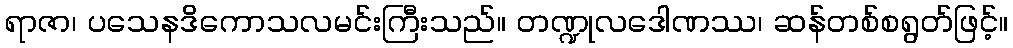
ရာဇာ၊ ပသေနဒိကောသလမင်းကြီးသည်။ တဏ္ဍုလဒေါဏဿ၊ ဆန်တစ်စရွတ်ဖြင့်။